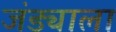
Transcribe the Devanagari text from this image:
जंड्याला